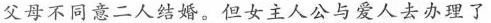
父母不同意二人结婚。但女主人公与爱人去办理了